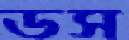
ডস